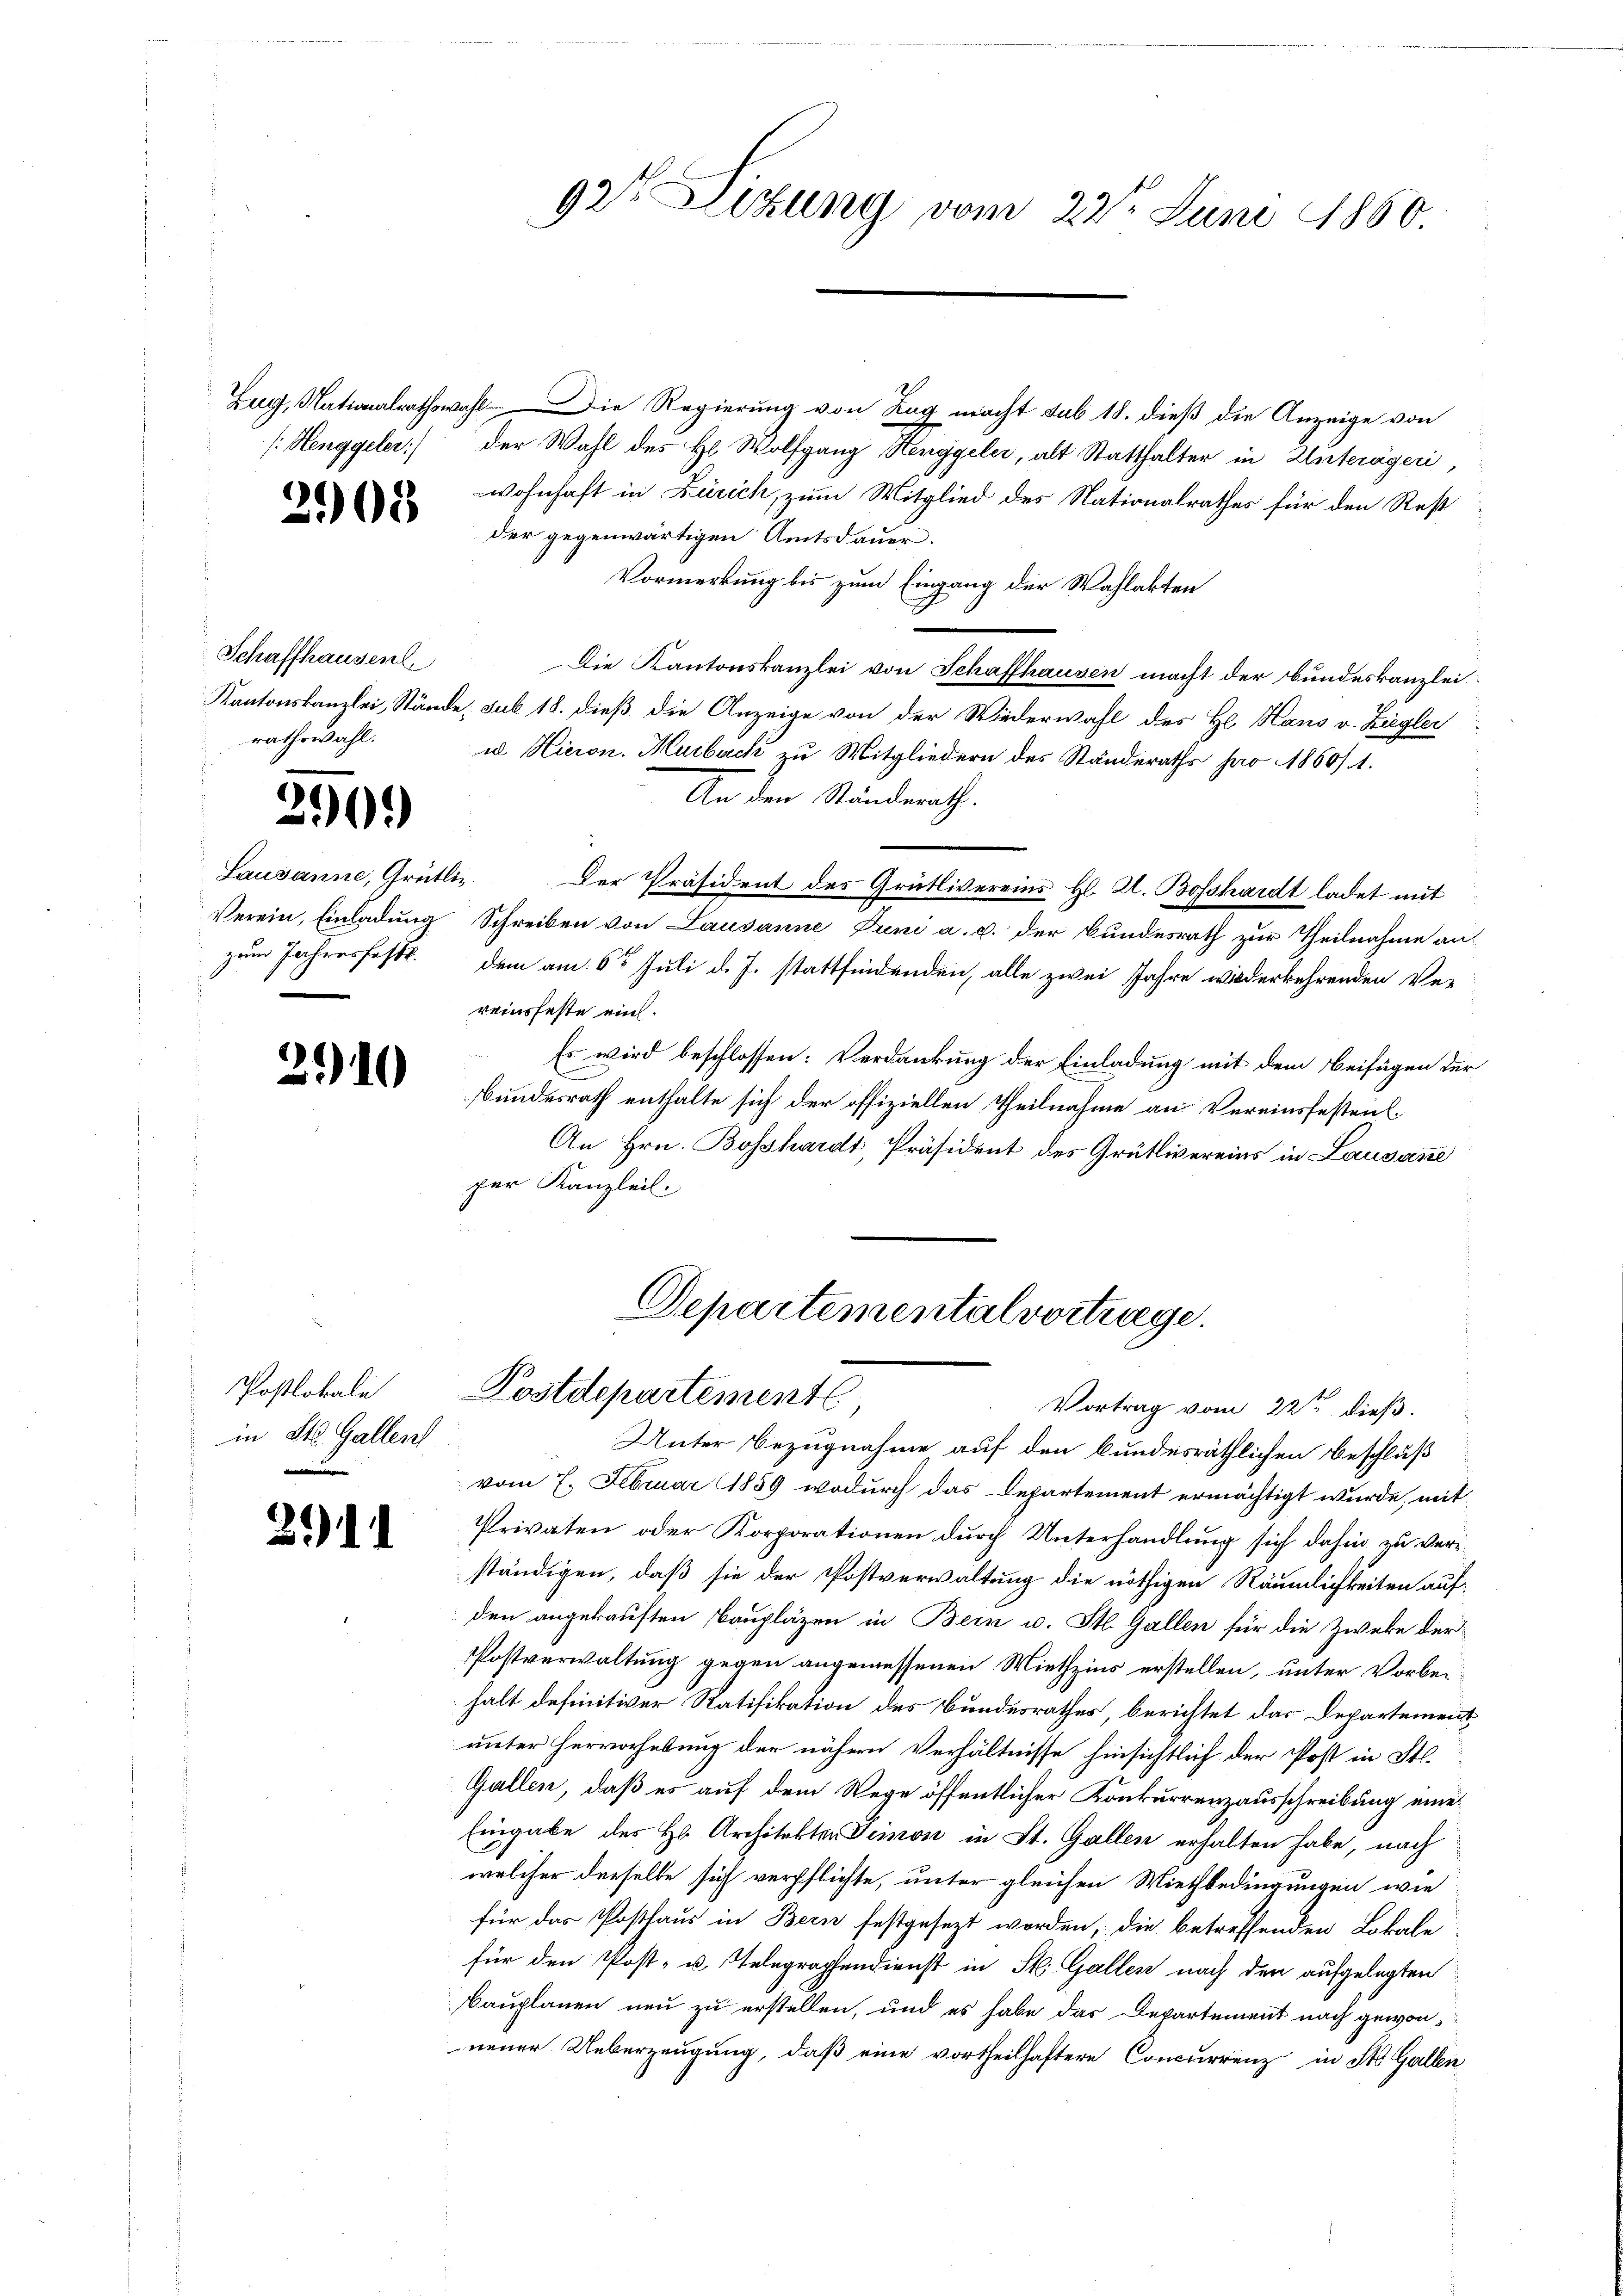
/Henggeler

2908

Schaffhausen.
rathswahl.

2901

Lausanne, Grütli¬
Verein, Einladung
zum Jahresfest.

210

Postlokale
in St. Gallent

3.11

Lug, Nationalrathswahl. Die Regierung von Zug macht sub 18. dieß die Anzeige von
der Wahl des Hl. Wolfgang Henggeler, alt Statthalter in Unterägeri,
wohnhaft in Zürich, zum Mitglied des Nationalrathes für den Rest
der gegenwärtigen Amtsdauer.
Vormerkung bis zum Eingang der Wahlakten
Die Kantonskanzlei von Schaffhausen macht der Bundeskanzlei
Kantonskanzlei, Stände, sub 18. dieß die Anzeige von der Wiederwahl des Hl. Hans v. Ziegler
ud. Hieron. Murback zu Mitgliedern des Ständeraths pro 1860/ 1.
An den Ständerath.
Der Präsident des Grütlivereins Hl. A. Bosshardt ladet mit
Schreiben von Lausanne Juni a. c. der Bundesrath zur Theilnahme an.
dem am 6t Juli d. J. stattfindenden, alle zwei Jahre wiederkehrenden Ver
reinsfeste eint.
Es wird beschlossen: Verdankung der Einladung mit dem Beifügen der
bundesrath enthalte sich der offiziellen Theilnahme an Vereinsfesten.
An Hrn. Bosshardt, Präsident des Grütlivereins in Lausanne
per Kanzleil-

92t Lizung vom 22t Juni 1860.

Departemental vortrage.
Postdepartement,
Vortrag vom 22ten dieß.

Unter Bezugnahme auf den bundesräthlichen Beschluß
.
vom 7. Februar 1859 wodurch das Departement ermächtigt wurde, mit
Privaten oder Korporationen durch Unterhandlung sich dahin zu verständigen, daß sie der Postverwaltung die nöthigen Räumlichkeiten aufden angekauften Baupläzen in Bern u. St. Gallen für die Zwecke der
Postverwaltung gegen angemessenen Miethzins erstellen, unter Vorbehalt definitiver Ratifikation des Bundesrathes, berichtet das Departement
unter Hervorhebung der nähern Verhältnisse hinsichtlich der Post in St.
Gallen, daß es auf dem Wege öffentlicher Konkurrenzausschreibung eine
Eingabe des Hs. Architekter Teinon in St. Gallen erhalten habe, nach
welcher derselbe sich verpflichte, unter gleichen Miethbedingungen wie
für das Posthaus in Bern festgesezt worden, die betreffenden Lokale
für den Post- u. Telegraphendienst in St. Gallen nach den aufgelegten
Bauplanen neu zu erstellen, und es habe das Departement nach gewonneuer Ueberzeugung, daß eine vortheilhaftere Concurrenz in St. Gallen